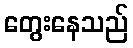
တွေးနေသည်